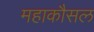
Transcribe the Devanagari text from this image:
महाकौसल